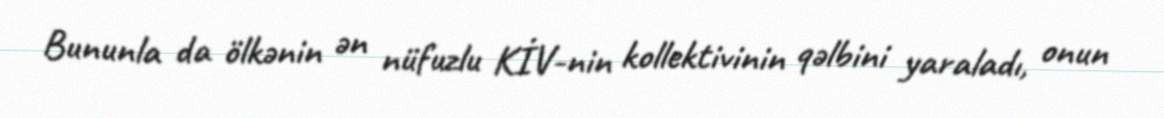
Bununla da ölkənin ən nüfuzlu KİV-nin kollektivinin qəlbini yaraladı, onun